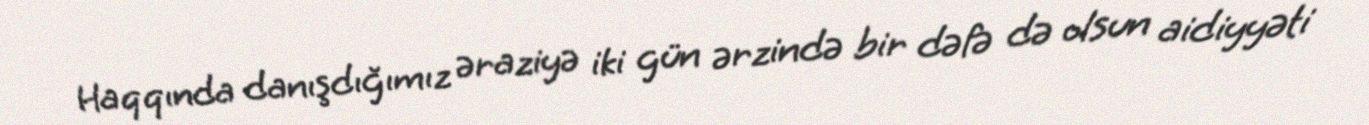
Haqqında danışdığımız əraziyə iki gün ərzində bir dəfə də olsun aidiyyəti